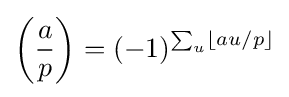
\left({\frac {a}{p}}\right)=(-1)^{\sum _{u}\left\lfloor au/p\right\rfloor }